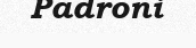
Padroni